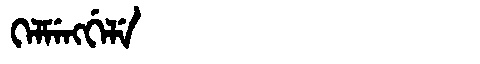
Manchu: ᡴᡝᠯᠮᡝᠩᡤᡝᠯᡝ
Romanization: KELMENGGELE